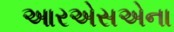
આરએસએના